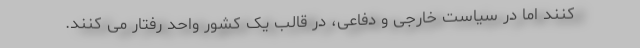
کنند اما در سیاست خارجی و دفاعی، در قالب یک کشور واحد رفتار می کنند.